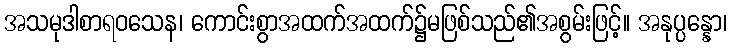
အသမုဒါစာရဝသေန၊ ကောင်းစွာအထက်အထက်၌မဖြစ်သည်၏အစွမ်းဖြင့်။ အနုပ္ပန္နော၊